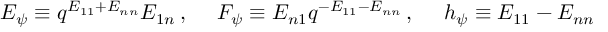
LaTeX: E _ { \psi } \equiv q ^ { E _ { 1 1 } + E _ { n n } } E _ { 1 n } \, , ~ ~ ~ ~ F _ { \psi } \equiv E _ { n 1 } q ^ { - E _ { 1 1 } - E _ { n n } } \, , ~ ~ ~ ~ h _ { \psi } \equiv E _ { 1 1 } - E _ { n n }